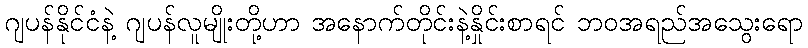
ဂျပန်နိုင်ငံနဲ့ ဂျပန်လူမျိုးတို့ဟာ အနောက်တိုင်းနဲ့နှိုင်းစာရင် ဘဝအရည်အသွေးရော